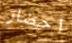
احضار